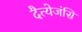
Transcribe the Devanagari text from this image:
दैत्येजंसि